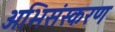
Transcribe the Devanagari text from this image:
अभिसंस्करण